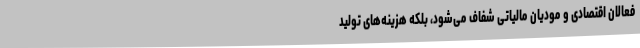
فعالان اقتصادی و مودیان مالیاتی شفاف می‌شود، بلکه هزینه‌های تولید